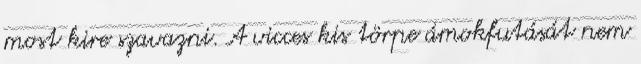
most kire szavazni. A vicces kis törpe ámokfutását nem